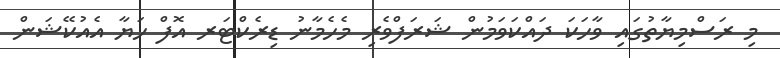
މި ރަސްމިޔާތުގައި ވާހަކަ ދައްކަވަމުން ޝަރަފްވެރި މެހެމާނު ޑިރެކްޓަރ އޮފް ހަޔާ އެއުކޭޝަން